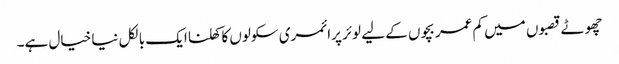
چھوٹے قصبوں میں کم عمر بچوں کے لیے لوئر پرائمری سکولوں کا کھلنا ایک بالکل نیا خیال ہے۔